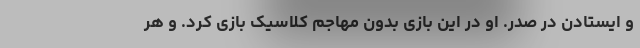
و ایستادن در صدر. او در این بازی بدون مهاجم کلاسیک بازی کرد. و هر